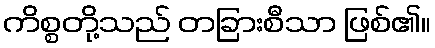
ကိစ္စတို့သည် တခြားစီသာ ဖြစ်၏။